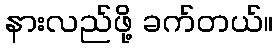
နားလည်ဖို့ ခက်တယ်။